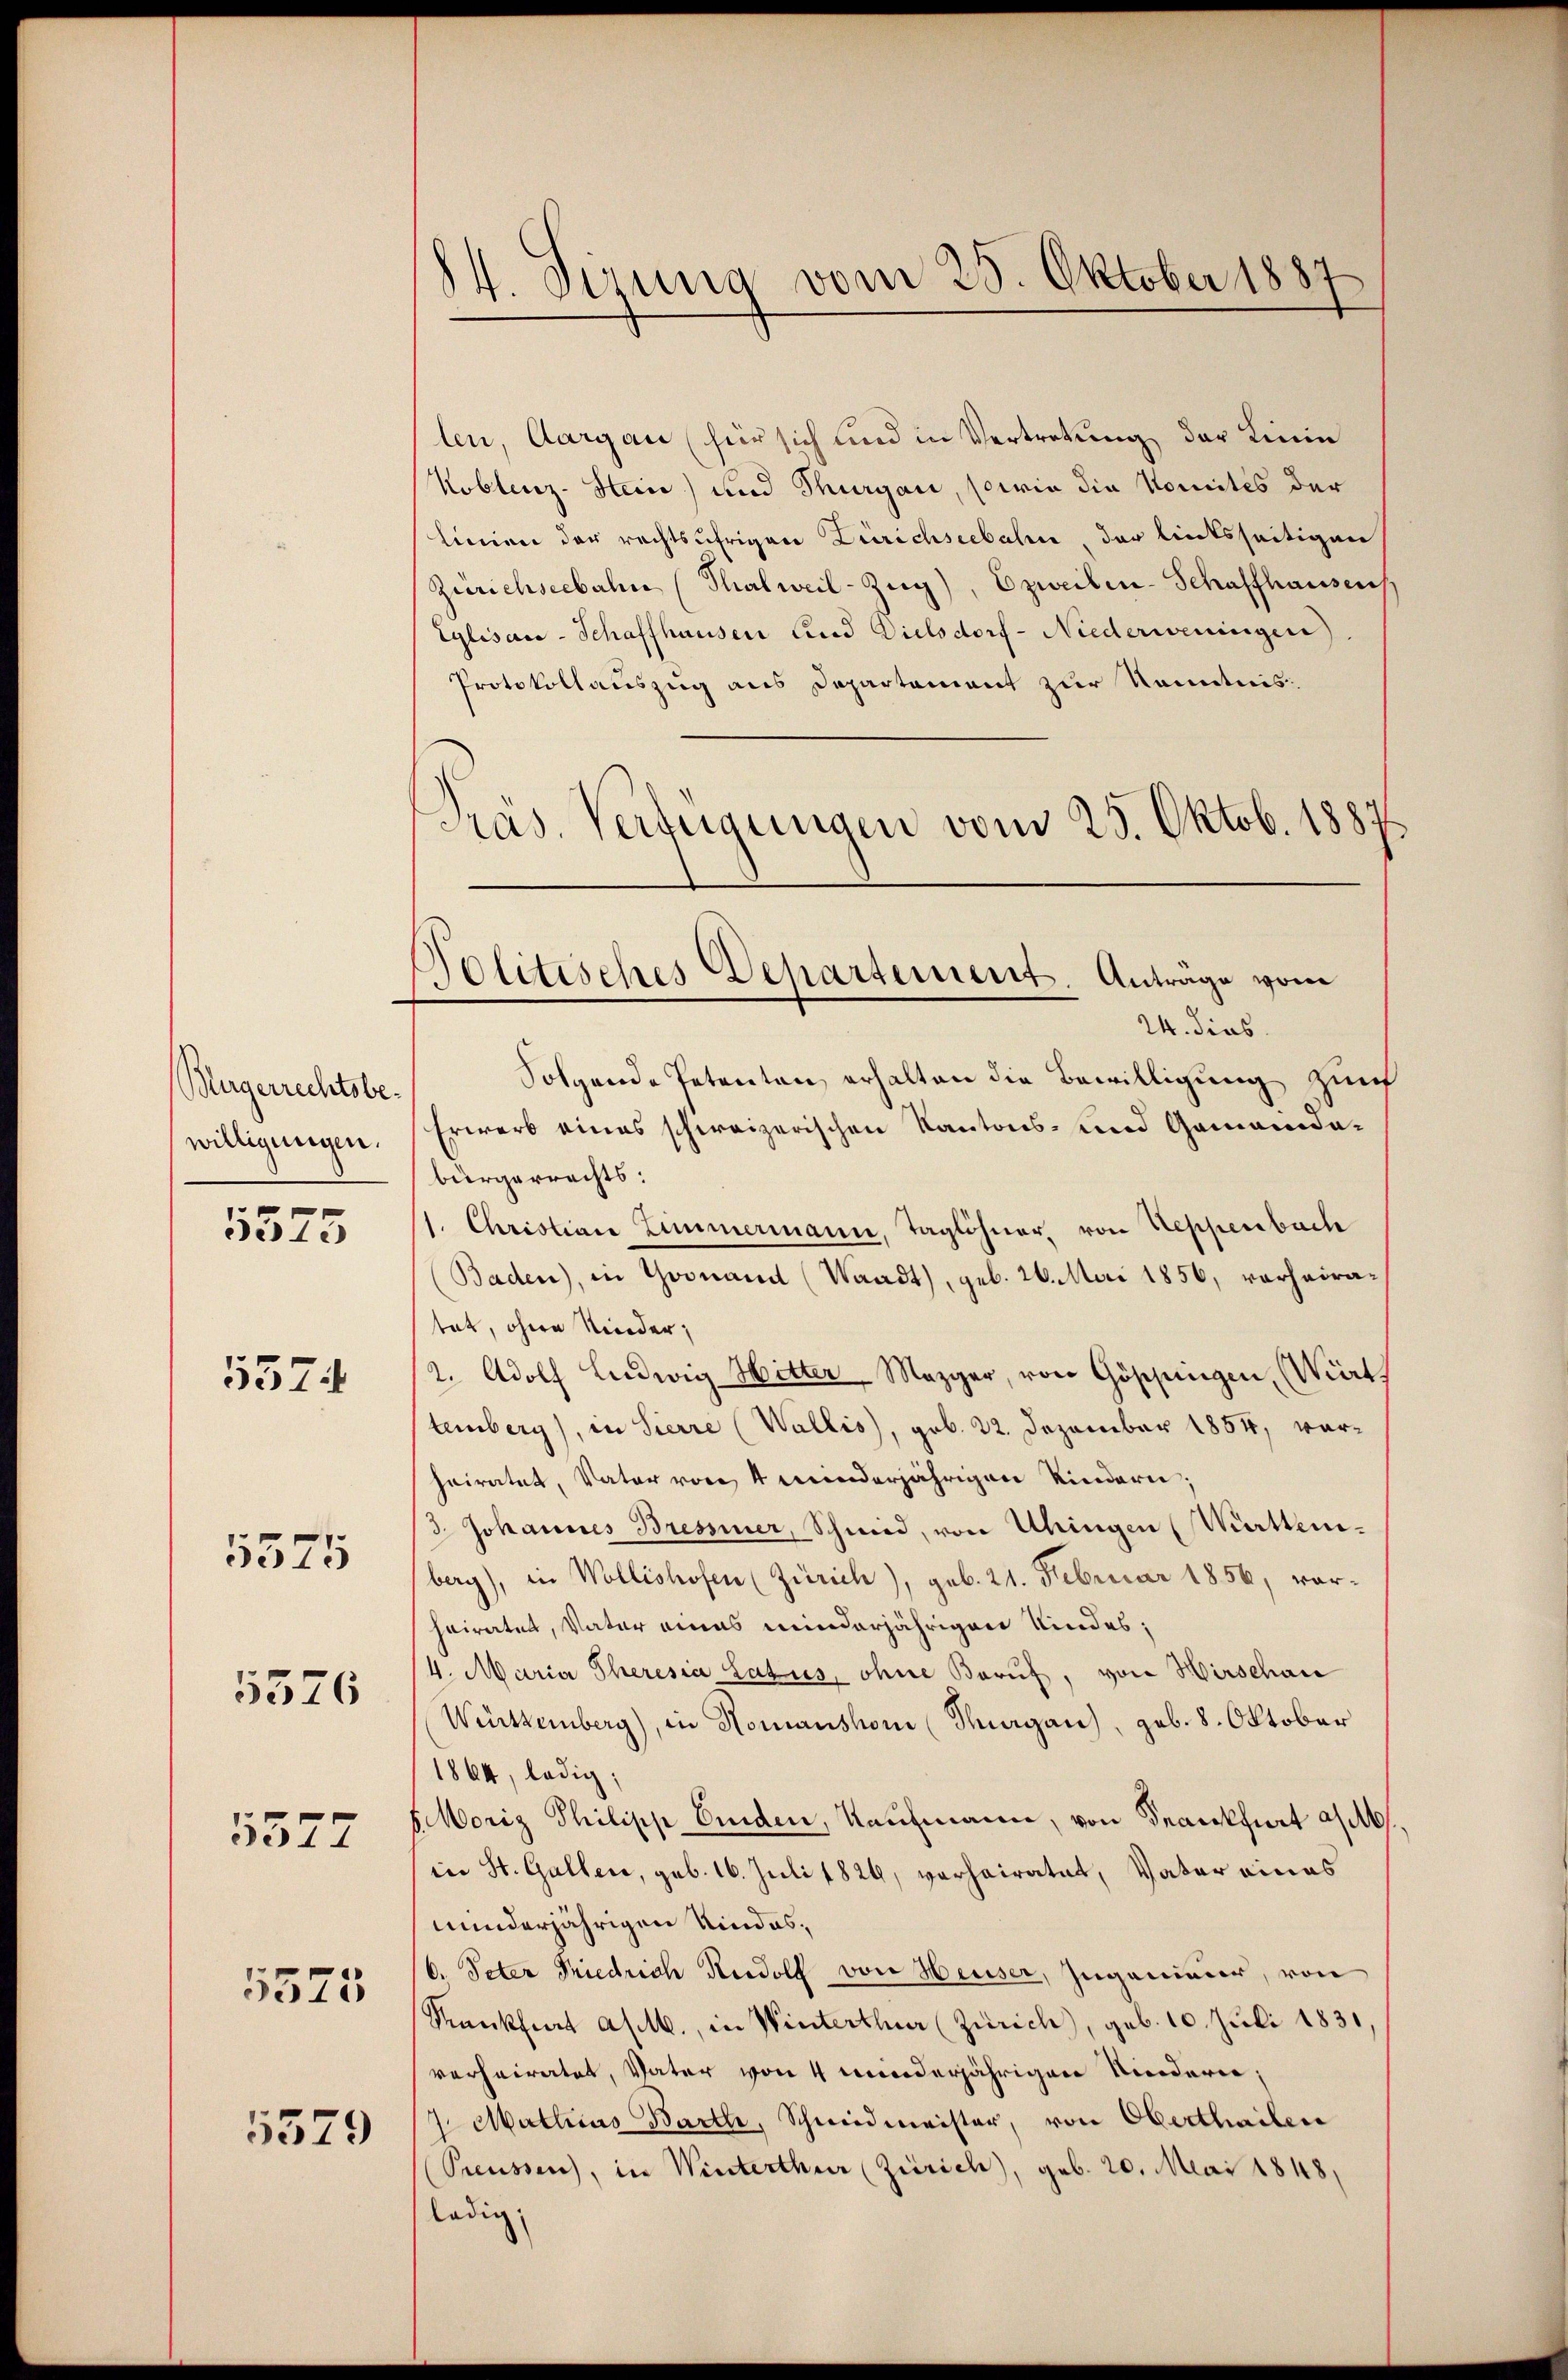
Bürgerrechtsbewilligungen.

5573

5574

5575

5576

5577

5573

5579

14. Sizung vom 25. Oktober 1887

Politisches Departement. Antrage von

len, Aargau (für sich und in Vertretung der Linie
Koblenz-Stein) und Thurgau, sowie die Komités der
linien der rechtsäfrigen Zürichseebahn, der linksseitigen
Zürichseebahn (Thalweil-Zŭg), Ozweilen-Schaffhausen
Eglisard-Schaffhauser Und Dielsdorf-Niederweningen
Protokollauszug aus Departement zur Kenntnis¬
Präs. Verfügungen vom 25. Oktob. 1887
24. dies
Folgende Petenten, erhalten die Bewilligung zunf
Erwarb eines schweizerischen Kantons- und Gemeindabürgerrechts:
1. Christian Zimmermann, Taglöhner, von Neppenbach
Baden), in Yvonand (Waadt), geb. 26. Mai 1856, verheiratat, ohne Nieder,
2. Adolf Ludwig Witter Mezger, von Göppingen (Wert.
temberg), in Sierre (Wallis, geb. 22. Dezember 1854, worheiratet, Vater von 4 minderjährigen Kindern;
/3. Johannes Bressiner, Schmid, von Uhingen (Württemberg), in Wollishofen (Zürich), geb. 21. Februar 1856, vorheiratet, Vater eines minderjährigen Kindes,
4. Maria Theresia Latus, ohne Beruf, von Wirschau
Württemberg), in Nomanshon (Magan), geb. 8. Oktober
1864, ledig;
1. Moriz Philipp Binden, Kaufmann, von Seankfurt a/M.
in St. Galler, geb. 16. Juli 1824, verheiratet, Vater eines
minderjährigen Kindes,
b. Peter Friedrich Rudolf von Heuser, Inganisier, von
Kankfiat ad 1., in Winterthur (Zürich), geb. 10. Juli 1831.
verheiratet, Vater von 4 minderjährigen Kindern,
7. Mathias Bartl, Schmiedmeister, von Oberthailen
Preussen, in Winterthur (Zürich), geb. 20. Mai 1848,
ledig,